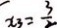
x _ { 3 } = \frac { 3 } { 2 }